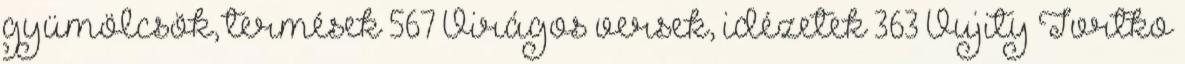
gyümölcsök, termések 567 Virágos versek, idézetek 363 Vujity Tvrtko